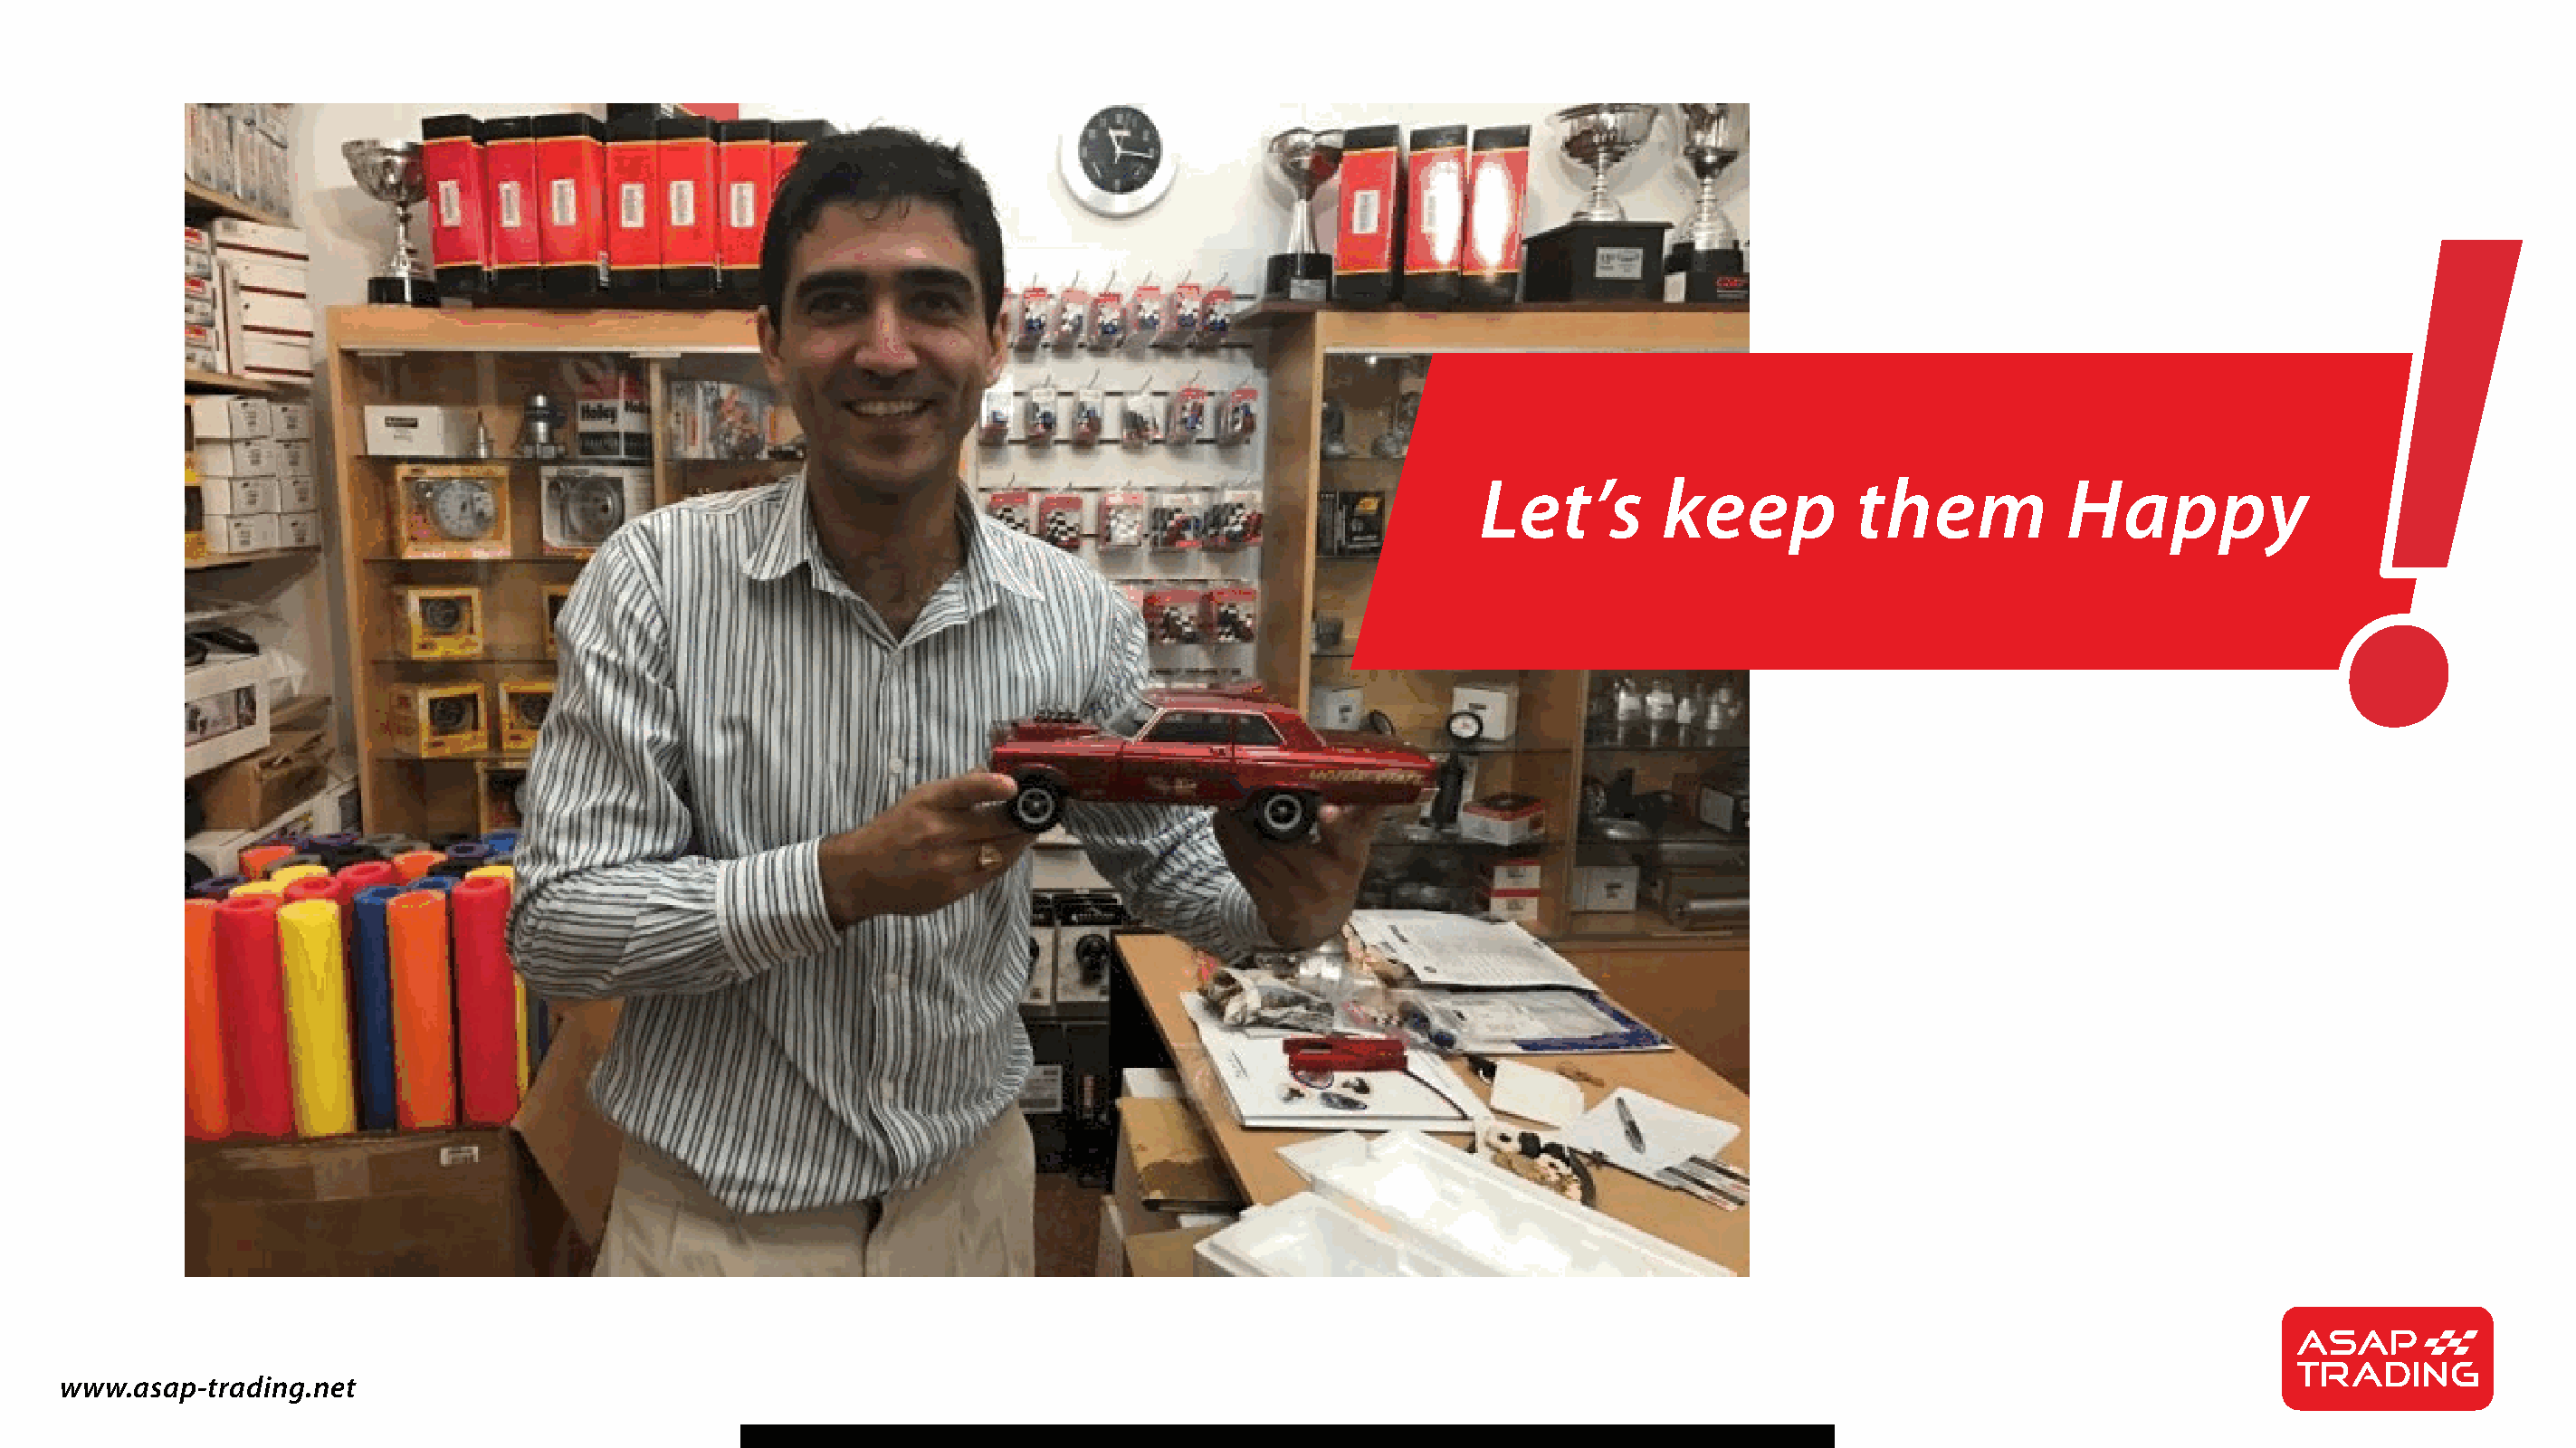
!
 Let’s         keep          them           Happy
 www.asap-trading.net